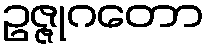
ဥဇ္ဇုဂတော